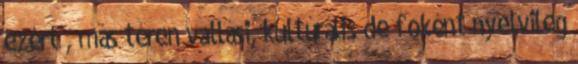
ezért , más téren vallási, kultúrális de foként nyelvileg